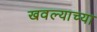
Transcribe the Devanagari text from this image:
खवल्याच्या